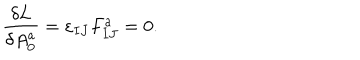
LaTeX: { \frac { \delta L } { \delta A _ { 0 } ^ { a } } } = \varepsilon _ { I J } F _ { I J } ^ { a } = 0 .